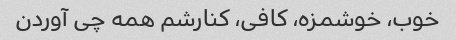
خوب، خوشمزه، کافی، کنارشم همه چی آوردن